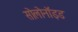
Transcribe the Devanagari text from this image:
सोलोनॉइड